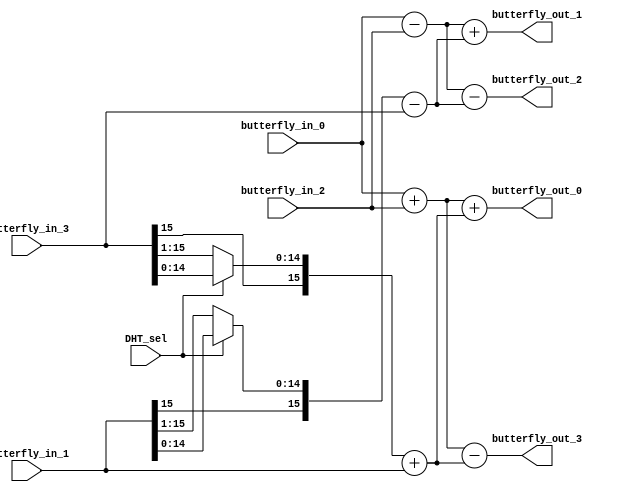
//--------------------------------------------------------------------------------------------------
// Design    : bitstream_p
// Author(s) : qiu bin, shi tian qi
// Copyright (C) 2013 qiu bin 
// All rights reserved                
//-------------------------------------------------------------------------------------------------


module transform_butterfly
(
	DHT_sel,
	butterfly_in_0,
	butterfly_in_1,
	butterfly_in_2,
	butterfly_in_3,
	butterfly_out_0,
	butterfly_out_1,
	butterfly_out_2,
	butterfly_out_3
);
input DHT_sel;
input signed [15:0] butterfly_in_0;
input signed [15:0] butterfly_in_1;
input signed [15:0] butterfly_in_2;
input signed [15:0] butterfly_in_3;

output signed [15:0] butterfly_out_0;
output signed [15:0] butterfly_out_1;
output signed [15:0] butterfly_out_2;
output signed [15:0] butterfly_out_3;

wire signed [15:0] temp_0;
wire signed [15:0] temp_1;
wire signed [15:0] temp_2;
wire signed [15:0] temp_3;

wire signed [15:0] butterfly_tmp_1;
wire signed [15:0] butterfly_tmp_3;

assign butterfly_tmp_1 = DHT_sel?butterfly_in_1:butterfly_in_1>>>1;
assign butterfly_tmp_3 = DHT_sel?butterfly_in_3:butterfly_in_3>>>1;

assign	temp_0 = butterfly_in_0 + butterfly_in_2;																									
assign	temp_1 = butterfly_in_0 - butterfly_in_2;																									
assign	temp_2 = butterfly_tmp_1 - butterfly_in_3;																									
assign	temp_3 = butterfly_tmp_3 + butterfly_in_1;																									
assign	butterfly_out_0 = temp_0 + temp_3;																									
assign	butterfly_out_1 = temp_1 + temp_2;																									
assign	butterfly_out_2 = temp_1 - temp_2;																									
assign	butterfly_out_3 = temp_0 - temp_3;


endmodule